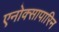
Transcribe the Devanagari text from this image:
एनोक्सापारिन